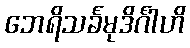
ဘေရိသင်္ခမုဒိင်္ဂါဟိ